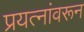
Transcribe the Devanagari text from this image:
प्रयत्‍नांवरून